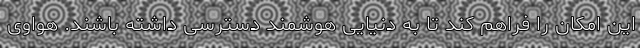
این امکان را فراهم کند تا به دنیایی هوشمند دسترسی داشته باشند. هواوی